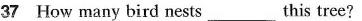
37 How many bird nests __ this tree?